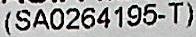
(SA0264195-T)